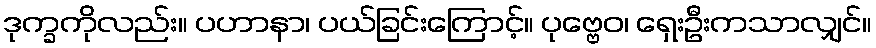
ဒုက္ခကိုလည်း။ ပဟာနာ၊ ပယ်ခြင်းကြောင့်။ ပုဗ္ဗေဝ၊ ရှေးဦးကသာလျှင်။